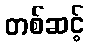
တစ်ဆင့်